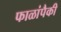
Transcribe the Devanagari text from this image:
फाळांपैकी